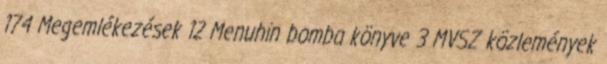
174 Megemlékezések 12 Menuhin bomba könyve 3 MVSZ közlemények